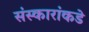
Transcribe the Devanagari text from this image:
संस्कारांकडे